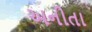
અનીતા